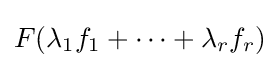
F(\lambda _{1}f_{1}+\cdots +\lambda _{r}f_{r})